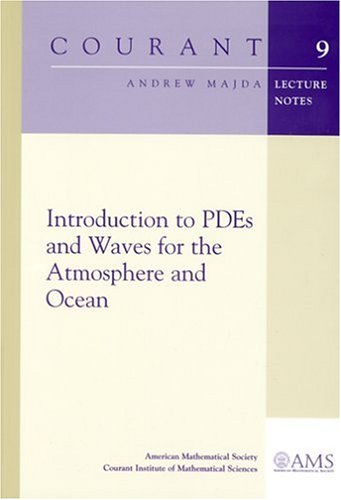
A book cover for Introduction to PDEs and Waves for the Atmosphere and Ocean (Courant Lecture Notes in Mathematics); Andrew Majda; Science & Math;